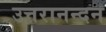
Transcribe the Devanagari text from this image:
उत्तरानन्दन